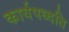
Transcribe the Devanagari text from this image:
कार्यपध्दति